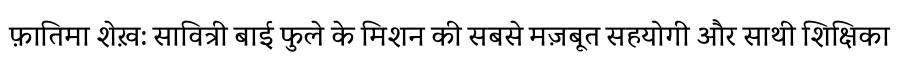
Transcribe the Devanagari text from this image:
फ़ातिमा शेख़: सावित्री बाई फुले के मिशन की सबसे मज़बूत सहयोगी और साथी शिक्षिका